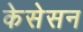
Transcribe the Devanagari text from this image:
केसेसन